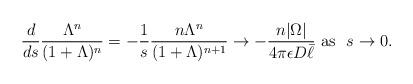
LaTeX: \begin{align*}\frac{d}{ds}\frac{\Lambda^n}{(1+\Lambda)^n}=-\frac{1}{s}\frac{n{\Lambda}^n}{(1+{\Lambda})^{n+1}}\rightarrow -\frac{n|\Omega|}{4\pi \epsilon D\bar{\ell}} \mbox{ as } \ {s\rightarrow 0}.\end{align*}